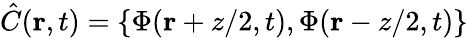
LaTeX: \hat{C}(\mathbf{r},t)=\left\{ \Phi(\mathbf{r}+z/2,t),\Phi(\mathbf{r}-z/2,t)\right\}